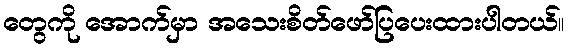
တွေကို အောက်မှာ အသေးစိတ်ဖော်ပြပေးထားပါတယ်။